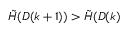
\tilde { H } ( D ( k + 1 ) ) > \tilde { H } ( D ( k )